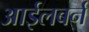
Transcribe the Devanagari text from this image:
आईलबर्न